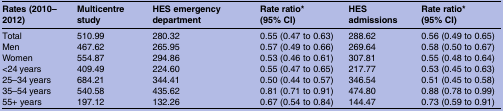
<table><thead><tr><td><b>Rates (2010–2012)</b></td><td><b>Multicentre study</b></td><td><b>HES emergency department</b></td><td><b>Rate ratio* (95% CI)</b></td><td><b>HES admissions</b></td><td><b>Rate ratio* (95% CI)</b></td></tr></thead><tbody><tr><td>Total</td><td>510.99</td><td>280.32</td><td>0.55 (0.47 to 0.63)</td><td>288.62</td><td>0.56 (0.49 to 0.65)</td></tr><tr><td>Men</td><td>467.62</td><td>265.95</td><td>0.57 (0.49 to 0.66)</td><td>269.64</td><td>0.58 (0.50 to 0.67)</td></tr><tr><td>Women</td><td>554.87</td><td>294.86</td><td>0.53 (0.46 to 0.61)</td><td>307.81</td><td>0.55 (0.48 to 0.64)</td></tr><tr><td>&lt;24 years</td><td>409.49</td><td>224.60</td><td>0.55 (0.47 to 0.65)</td><td>217.77</td><td>0.53 (0.45 to 0.63)</td></tr><tr><td>25–34 years</td><td>684.21</td><td>344.41</td><td>0.50 (0.44 to 0.57)</td><td>346.54</td><td>0.51 (0.45 to 0.58)</td></tr><tr><td>35–54 years</td><td>540.58</td><td>435.62</td><td>0.81 (0.71 to 0.91)</td><td>474.80</td><td>0.88 (0.78 to 0.99)</td></tr><tr><td>55+ years</td><td>197.12</td><td>132.26</td><td>0.67 (0.54 to 0.84)</td><td>144.47</td><td>0.73 (0.59 to 0.91)</td></tr></tbody></table>